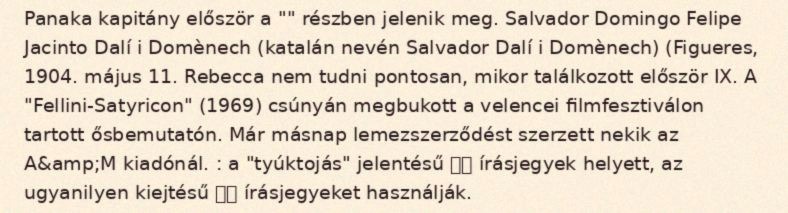
Panaka kapitány először a "" részben jelenik meg. Salvador Domingo Felipe Jacinto Dalí i Domènech (katalán nevén Salvador Dalí i Domènech) (Figueres, 1904. május 11. Rebecca nem tudni pontosan, mikor találkozott először IX. A "Fellini-Satyricon" (1969) csúnyán megbukott a velencei filmfesztiválon tartott ősbemutatón. Már másnap lemezszerződést szerzett nekik az A&amp;M kiadónál. : a "tyúktojás" jelentésű 鸡蛋 írásjegyek helyett, az ugyanilyen kiejtésű 几旦 írásjegyeket használják.